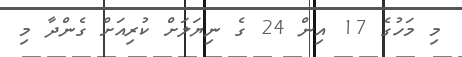
މި މަހުގެ 17 އިން 24 ގެ ނިޔަލަށް ކުރިއަށް ގެންދާ މި